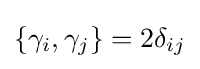
\{\gamma _{i},\gamma _{j}\}=2\delta _{ij}